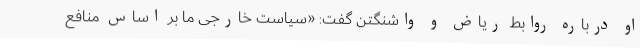
او درباره روابط ریاض و واشنگتن گفت: «سیاست خارجی ما بر اساس منافع